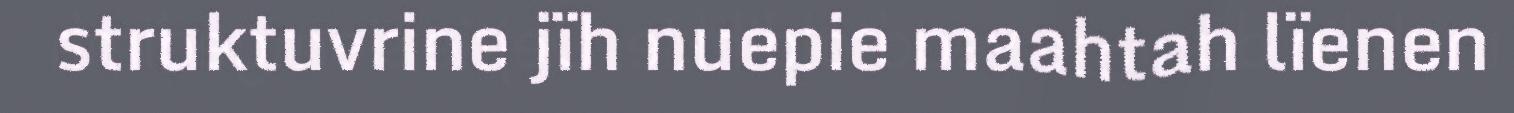
struktuvrine jïh nuepie maahtah lïenen